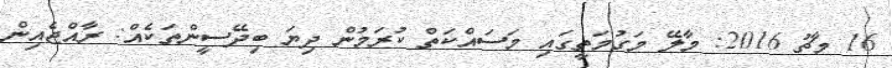
16 މާޗު 2016: މާލޭ މަގުމަތީގައި މަސައްކަތް ކުރަމުން ދިޔަ ބިދޭސީންތަކެއް: ރާއްޖެއިން